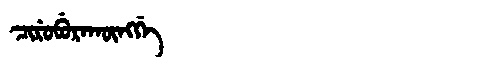
Manchu: ᠴᡳᡵᡠᠪᡠᡵᠠᡴᡡᠩᡤᡝ
Romanization: CIRUBURAKŪNGGE